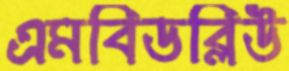
এমবিডব্লিউ